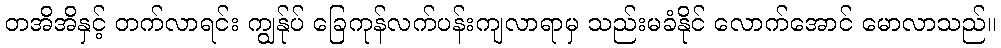
တအိအိနှင့် တက်လာရင်း ကျွန်ုပ် ခြေကုန်လက်ပန်းကျလာရာမှ သည်းမခံနိုင် လောက်အောင် မောလာသည်။